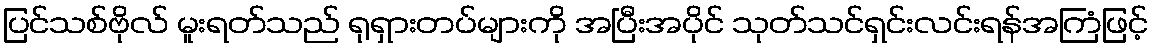
ပြင်သစ်ဗိုလ် မူးရတ်သည် ရုရှားတပ်များကို အပြီးအပိုင် သုတ်သင်ရှင်းလင်းရန်အကြံဖြင့်